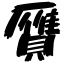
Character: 贋